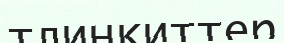
тлинкиттер